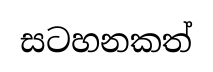
සටහනකත්